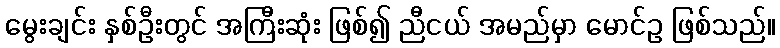
မွေးချင်း နှစ်ဦးတွင် အကြီးဆုံး ဖြစ်၍ ညီငယ် အမည်မှာ မောင်ဥ ဖြစ်သည်။